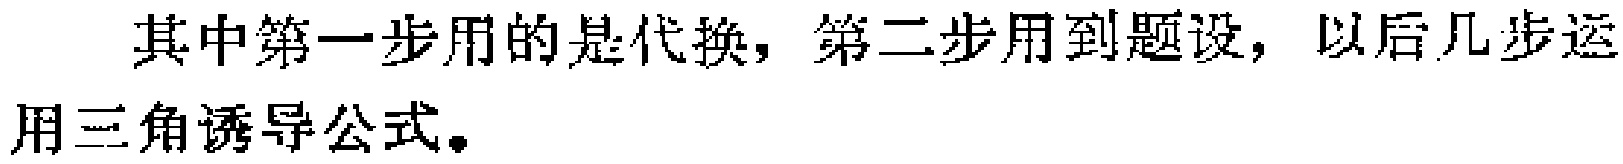
其中第一步用的是代换，第二步用到题设，以后几步运用三角诱导公式。